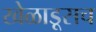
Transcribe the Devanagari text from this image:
खेळाडूसच